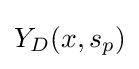
Y_{D}(x,s_{p})